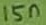
Text: 15n